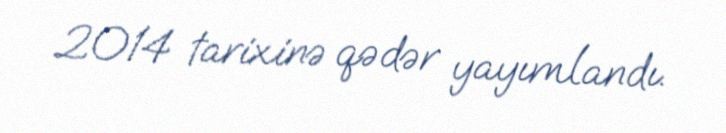
2014 tarixinə qədər yayımlandı.